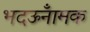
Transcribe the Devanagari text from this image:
भदऊँनामक